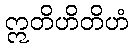
ဣတိဟိတိဟံ